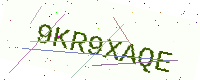
Text: 9KR9XAQE